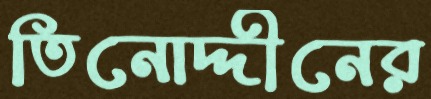
তিনোদ্দীনের